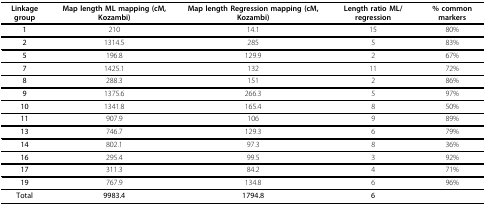
<table><thead><tr><td><b>Linkage group</b></td><td><b>Map length ML mapping (cM, Kozambi)</b></td><td><b>Map length Regression mapping (cM, Kozambi)</b></td><td><b>Length ratio ML/regression</b></td><td><b>% common markers</b></td></tr></thead><tbody><tr><td><b>1</b></td><td>210</td><td>14.1</td><td>15</td><td>80%</td></tr><tr><td><b>2</b></td><td>1314.5</td><td>285</td><td>5</td><td>83%</td></tr><tr><td><b>5</b></td><td>196.8</td><td>129.9</td><td>2</td><td>67%</td></tr><tr><td><b>7</b></td><td>1425.1</td><td>132</td><td>11</td><td>72%</td></tr><tr><td><b>8</b></td><td>288.3</td><td>151</td><td>2</td><td>86%</td></tr><tr><td><b>9</b></td><td>1375.6</td><td>266.3</td><td>5</td><td>97%</td></tr><tr><td><b>10</b></td><td>1341.8</td><td>165.4</td><td>8</td><td>50%</td></tr><tr><td><b>11</b></td><td>907.9</td><td>106</td><td>9</td><td>89%</td></tr><tr><td><b>13</b></td><td>746.7</td><td>129.3</td><td>6</td><td>79%</td></tr><tr><td><b>14</b></td><td>802.1</td><td>97.3</td><td>8</td><td>36%</td></tr><tr><td><b>16</b></td><td>295.4</td><td>99.5</td><td>3</td><td>92%</td></tr><tr><td><b>17</b></td><td>311.3</td><td>84.2</td><td>4</td><td>71%</td></tr><tr><td><b>19</b></td><td>767.9</td><td>134.8</td><td>6</td><td>96%</td></tr><tr><td><b>Total</b></td><td><b>9983.4</b></td><td><b>1794.8</b></td><td><b>6</b></td><td></td></tr></tbody></table>